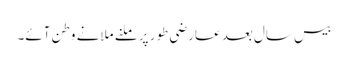
بیس سال بعد عارضی طور پر ملنے ملانے وطن آئے۔